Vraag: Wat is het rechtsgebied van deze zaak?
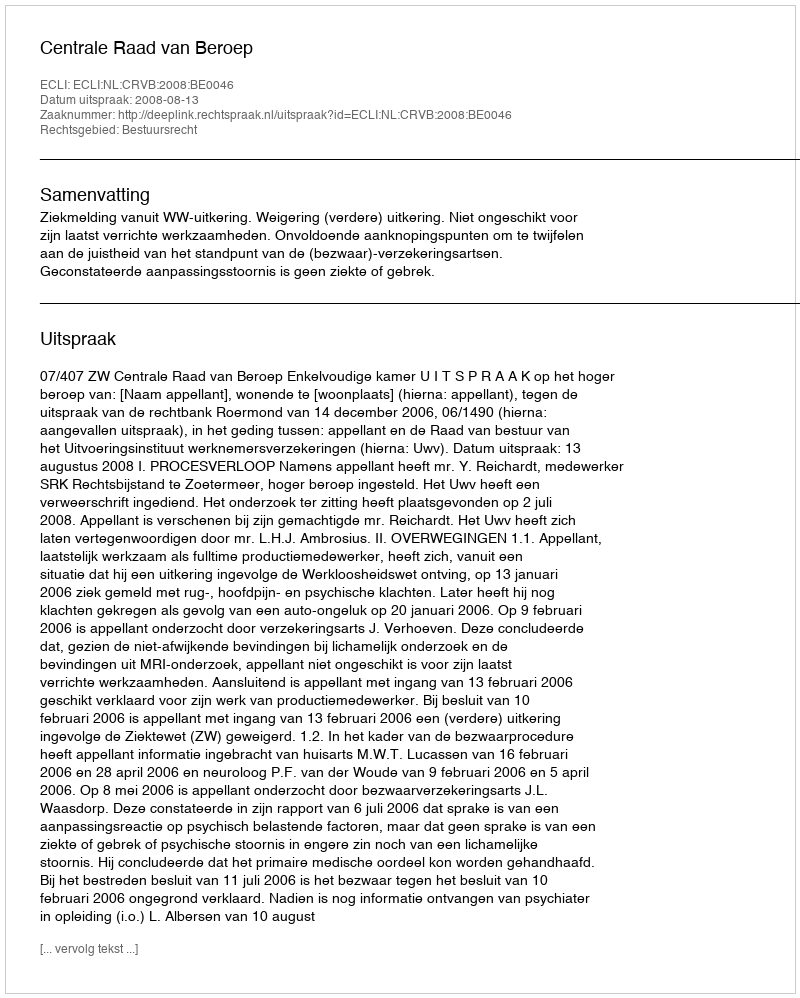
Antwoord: Bestuursrecht